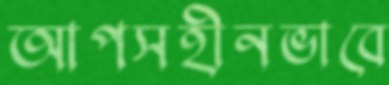
আপসহীনভাবে